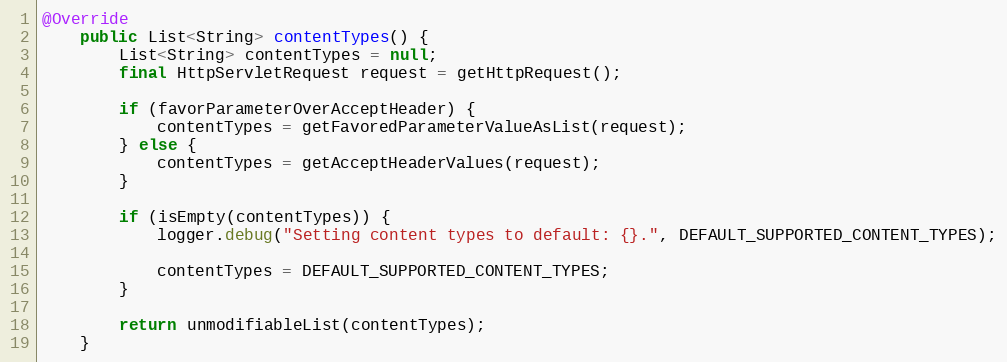
Language: Java
@Override
	public List<String> contentTypes() {
		List<String> contentTypes = null;
		final HttpServletRequest request = getHttpRequest();

		if (favorParameterOverAcceptHeader) {
			contentTypes = getFavoredParameterValueAsList(request);
		} else {
			contentTypes = getAcceptHeaderValues(request);
		}

		if (isEmpty(contentTypes)) {
			logger.debug("Setting content types to default: {}.", DEFAULT_SUPPORTED_CONTENT_TYPES);

			contentTypes = DEFAULT_SUPPORTED_CONTENT_TYPES;
		}

		return unmodifiableList(contentTypes);
	}